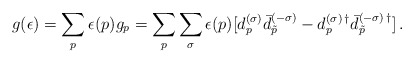
\begin{align*} g(\epsilon)= \sum_p \epsilon(p) g_p = \sum_p \sum_{\sigma} \epsilon(p) [d_p^{(\sigma)}\bar{d}_{\tilde p}^{(-\sigma)} - d_p^{(\sigma)\,\dagger}\bar{d}_{\tilde p}^{(-\sigma)\,\dagger}] \,{.}\end{align*}